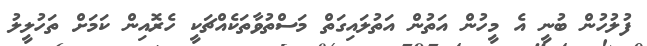
ފުލުހުން ބުނީ އެ މީހުން އަތުން އަތުލައިގަތް މަސްތުވާތަކެއްޗަކީ ހެރޮއިން ކަމަށް ތަހުލީލު